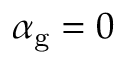
\alpha _ { \mathrm { g } } = 0